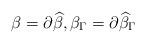
LaTeX: \begin{gather*}\beta =\partial \widehat{\beta}, \beta _{\Gamma }=\partial \widehat{\beta }_{\Gamma }\end{gather*}